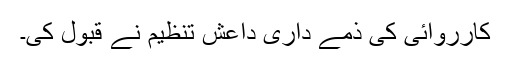
کارروائی کی ذمے داری داعش تنظیم نے قبول کی۔